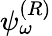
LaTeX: \psi_{\omega}^{(R)}